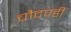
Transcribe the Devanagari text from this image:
चौदण्डी